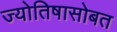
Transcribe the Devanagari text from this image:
ज्योतिषासोबत